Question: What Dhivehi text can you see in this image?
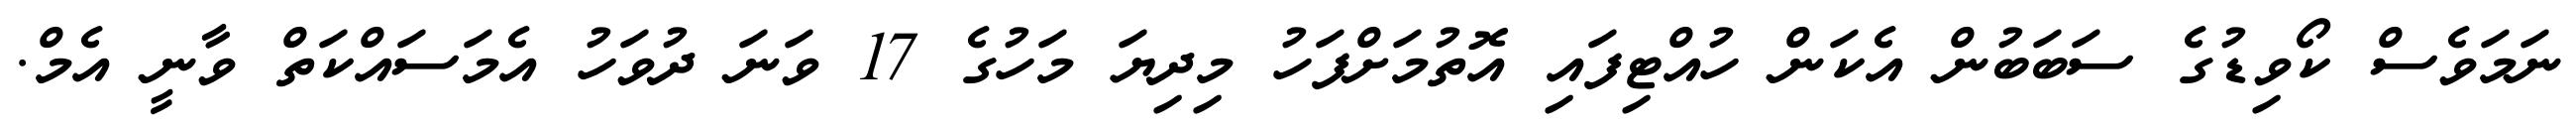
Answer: ނަމަވެސް ކޯވިޑުގެ ސަބަބުން އެކަން ހުއްޓިފައި އޮތުމަށްފަހު މިދިޔަ މަހުގެ 17 ވަނަ ދުވަހު އެމަސައްކަތް ވާނީ އެމް.